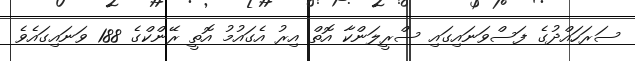
ސަރަހައްދުގެ ފަސްވަނަައިގައި ސްރީލަންކާ އޮތް އިރު އެގައުމު އޮތީ ރޭންކްގެ 188 ވަނައިގައެވެ